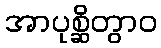
အာပုစ္ဆိတွာဝ